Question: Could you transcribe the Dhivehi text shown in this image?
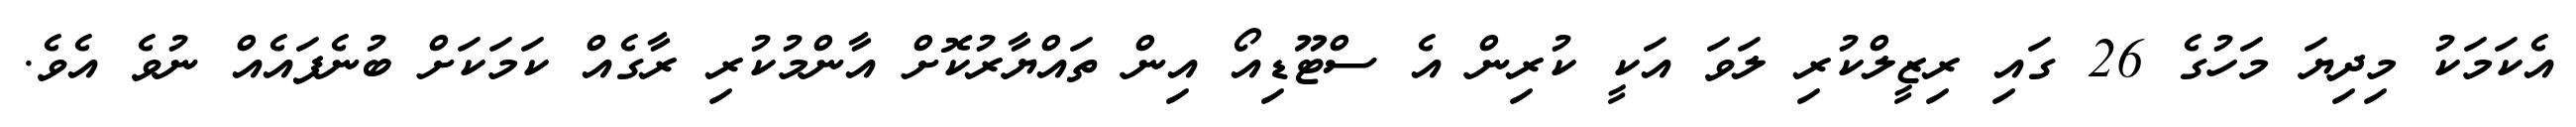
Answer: އެކަމަކު މިދިޔަ މަހުގެ 26 ގައި ރިޒީލްކުރި ލަވަ އަކީ ކުރިން އެ ސްޓޫޑިއޯ އިން ތައްޔާރުކޮށް އާންމުކުރި ރާގެއް ކަމަކަށް ބުނެފައެއް ނުވެ އެވެ.